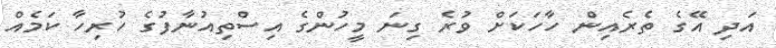
އަދި އޭގެ ތެރެއިން ހާހަކަށް ވުރެ ގިނަ މީހުންގެ އިސްތިއުނާފުގެ ހުރިހާ ކަމެއް